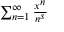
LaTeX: \scriptstyle \sum _ { n = 1 } ^ { \infty } { \frac { x ^ { n } } { n ^ { s } } }